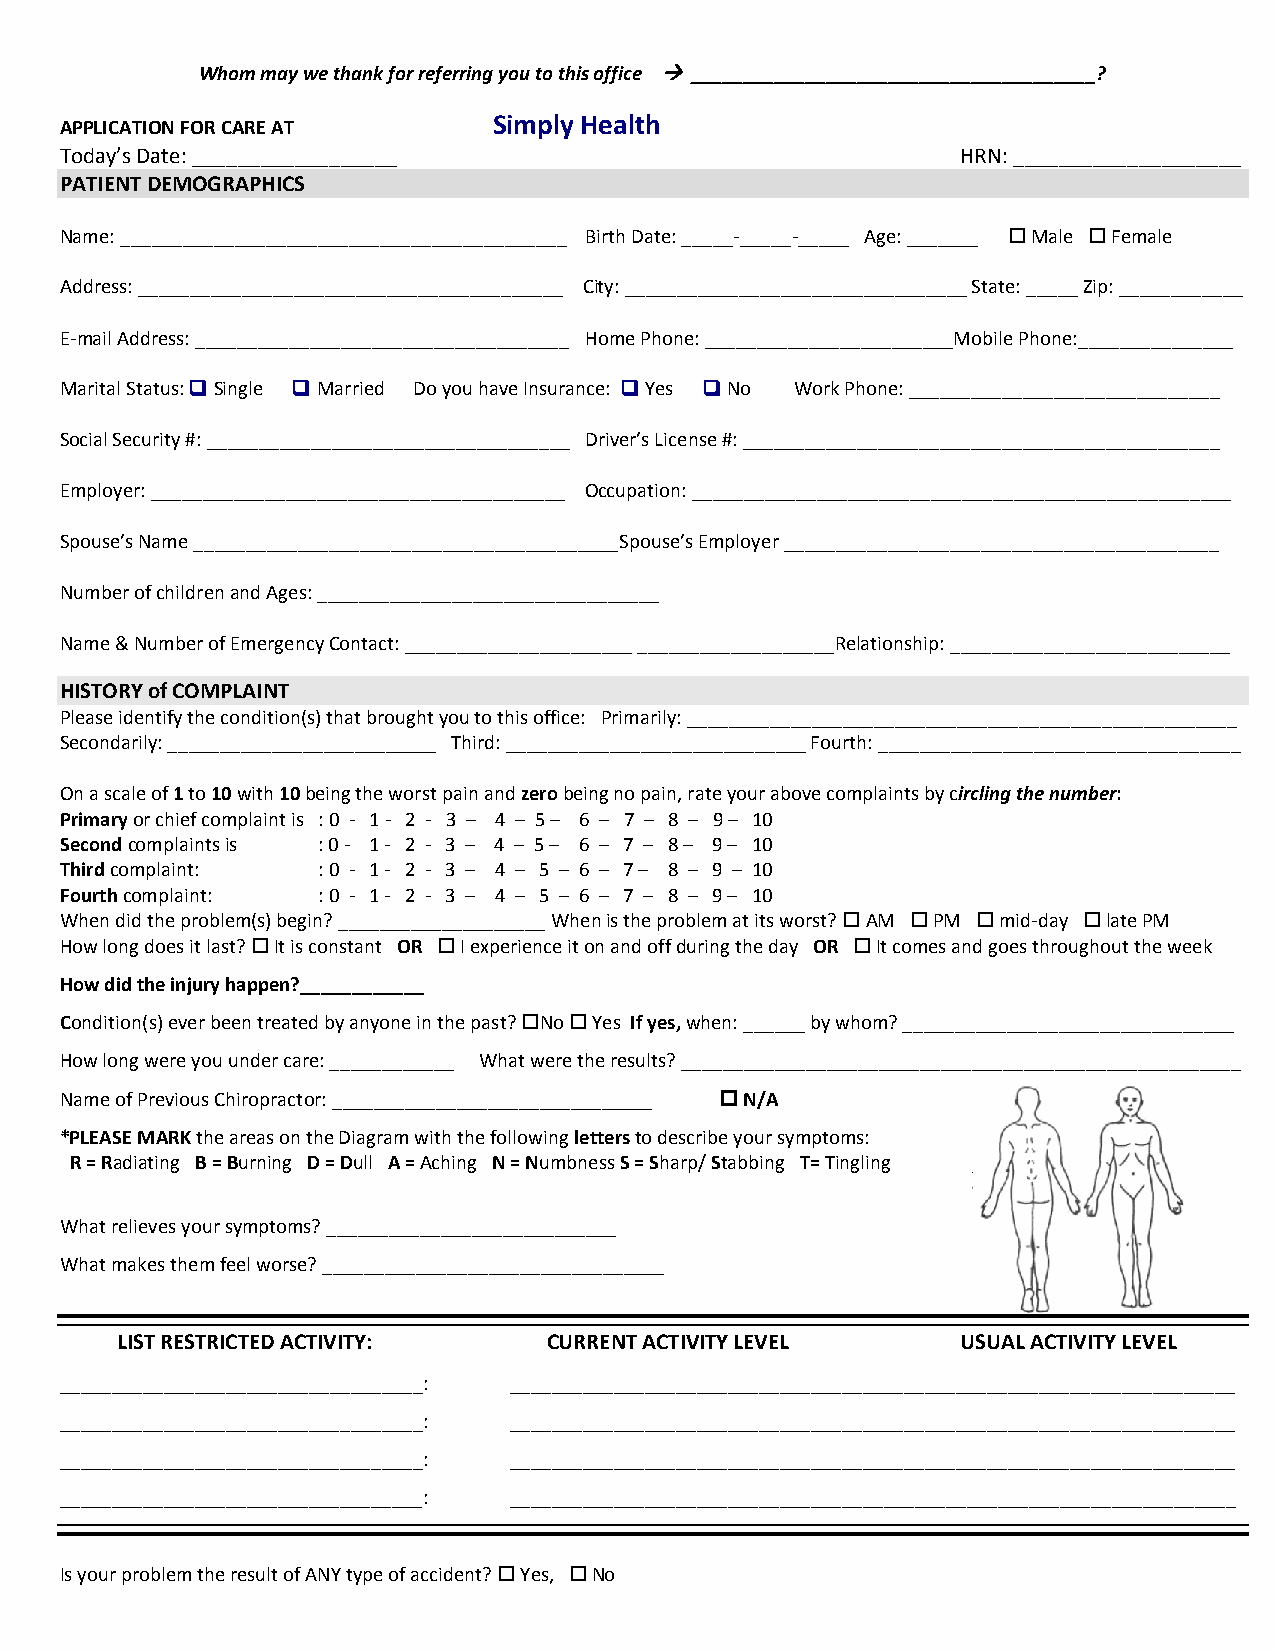
Whom may we thank for referring you to this office  _______________________________________?
 APPLICATION FOR CARE AT
 Simply Health
 Today’s Date: __________________                            HRN: ____________________
 PATIENT DEMOGRAPHICS
 Name: ___________________________________________ Birth Date: _____-_____-_____ Age: _______  Male  Female
 Address: _________________________________________ City: _________________________________ State: _____ Zip: ____________
 E-mail Address: ____________________________________ Home Phone: ________________________Mobile Phone:_______________
 Marital Status:  Single  Married Do you have Insurance:  Yes  No Work Phone: ______________________________
 Social Security #: ___________________________________ Driver’s License #: ______________________________________________
 Employer: ________________________________________ Occupation: ____________________________________________________
 Spouse’s Name _________________________________________Spouse’s Employer __________________________________________
 Number of children and Ages: _________________________________
 Name & Number of Emergency Contact: ______________________ ___________________Relationship: ___________________________
 HISTORY of COMPLAINT
 Please identify the condition(s) that brought you to this office: Primarily: _____________________________________________________
 Secondarily: __________________________ Third: _____________________________ Fourth: ___________________________________
 On a scale of 1 to 10 with 10 being the worst pain and zero being no pain, rate your above complaints by circling the number:
 Primary or chief complaint is : 0 - 1 - 2 - 3 – 4 – 5 – 6 – 7 – 8 – 9 – 10
 Second complaints is : 0 - 1 - 2 - 3 – 4 – 5 – 6 – 7 – 8 – 9 – 10
 Third complaint: : 0 - 1 - 2 - 3 – 4 – 5 – 6 – 7 – 8 – 9 – 10
 Fourth complaint: : 0 - 1 - 2 - 3 – 4 – 5 – 6 – 7 – 8 – 9 – 10
 When did the problem(s) begin? ____________________ When is the problem at its worst?  AM  PM  mid-day  late PM
 How long does it last?  It is constant OR  I experience it on and off during the day OR  It comes and goes throughout the week
 How did the injury happen?____________
 Condition(s) ever been treated by anyone in the past? No  Yes If yes, when: ______ by whom? ________________________________
 How long were you under care: ____________ What were the results? ______________________________________________________
 Name of Previous Chiropractor: _______________________________  N/A
 *PLEASE MARK the areas on the Diagram with the following letters to describe your symptoms:
 R = Radiating B = Burning D = Dull A = Aching N = Numbness S = Sharp/ Stabbing T= Tingling
 What relieves your symptoms? ____________________________
 What makes them feel worse? _________________________________
 LIST RESTRICTED ACTIVITY:   CURRENT ACTIVITY LEVEL      USUAL ACTIVITY LEVEL
 ___________________________________: ______________________________________________________________________
 ___________________________________: ______________________________________________________________________
 ___________________________________: ______________________________________________________________________
 ___________________________________: ______________________________________________________________________
 Is your problem the result of ANY type of accident?  Yes,  No